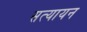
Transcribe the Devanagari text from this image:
सत्यायन